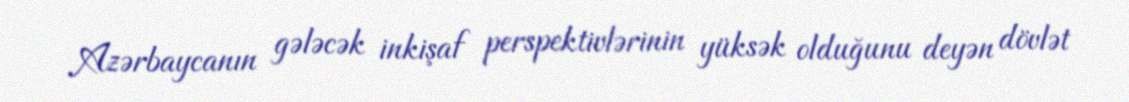
Azərbaycanın gələcək inkişaf perspektivlərinin yüksək olduğunu deyən dövlət